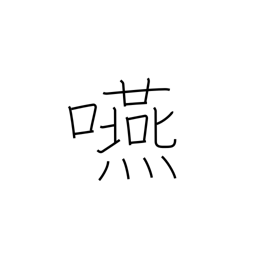
Meaning: swallow